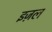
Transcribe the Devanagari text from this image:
इज़ल